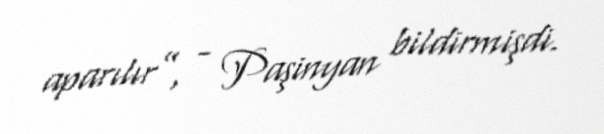
aparılır”, - Paşinyan bildirmişdi.